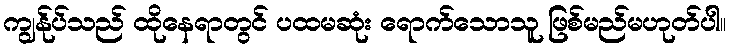
ကျွန်ုပ်သည် ထိုနေရာတွင် ပထမဆုံး ရောက်သောသူ ဖြစ်မည်မဟုတ်ပါ။